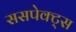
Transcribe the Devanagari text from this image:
ससपेक्ट्स